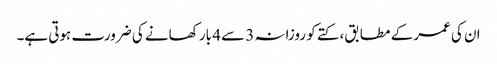
ان کی عمر کے مطابق ، کتے کو روزانہ 3 سے 4 بار کھانے کی ضرورت ہوتی ہے۔